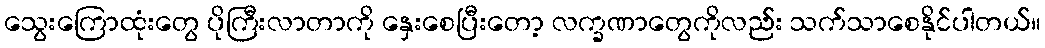
သွေးကြောထုံးတွေ ပိုကြီးလာတာကို နှေးစေပြီးတော့ လက္ခဏာတွေကိုလည်း သက်သာစေနိုင်ပါတယ်။